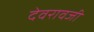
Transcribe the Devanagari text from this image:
देवरावजी